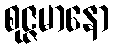
စုဇ္ဇမာနော